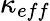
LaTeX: \kappa_{eff}